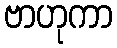
ဗာဟုကာ